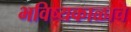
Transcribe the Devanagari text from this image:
भविष्यकाळाचे